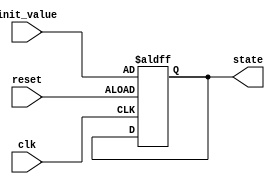
module ConfigurableInitialConditions #(
    parameter DATA_WIDTH = 8,           // Width of the signal
    parameter INITIAL_VALUE = 8'h00,    // Default initial value
    parameter RESET_VALUE = 8'hFF        // Value to reset to
)(
    input wire clk,                      // Clock signal
    input wire reset,                    // Reset signal
    input wire [DATA_WIDTH-1:0] init_value, // User-defined initial value
    output reg [DATA_WIDTH-1:0] state    // Output state variable
);
    
    // Internal variable to hold initial conditions
    reg [DATA_WIDTH-1:0] current_init;

    // Initialization logic
    initial begin
        current_init = INITIAL_VALUE;    // Set initial value from parameter
        state = INITIAL_VALUE;            // Set state variable to initial value
    end

    // Process block for reset and initialization
    always @(posedge clk or posedge reset) begin
        if (reset) begin
            state <= init_value;           // Reset state to user-defined initial value
        end else begin
            // Other logic can be added here for state transitions
            // For now, it stays the same as the initial condition
        end
    end

endmodule